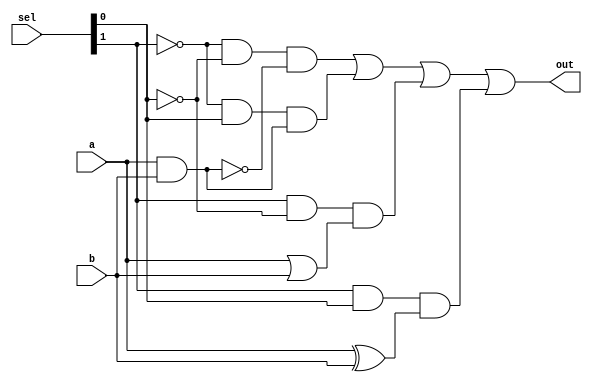
module task4(
    input a,
    input b,
    input [1:0] sel,
    output out
);
    
    // Dataflow programming style.
    assign out = 
        (~sel[1] & ~sel[0] & ~(a & b)) |
        (~sel[1] &  sel[0] &  (a & b)) |
        ( sel[1] & ~sel[0] &  (a | b)) |
        ( sel[1] &  sel[0] &  (a ^ b));
    
endmodule